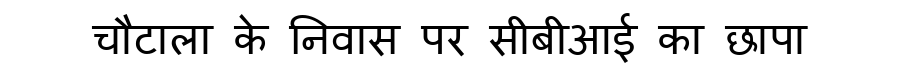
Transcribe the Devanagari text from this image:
चौटाला के निवास पर सीबीआई का छापा